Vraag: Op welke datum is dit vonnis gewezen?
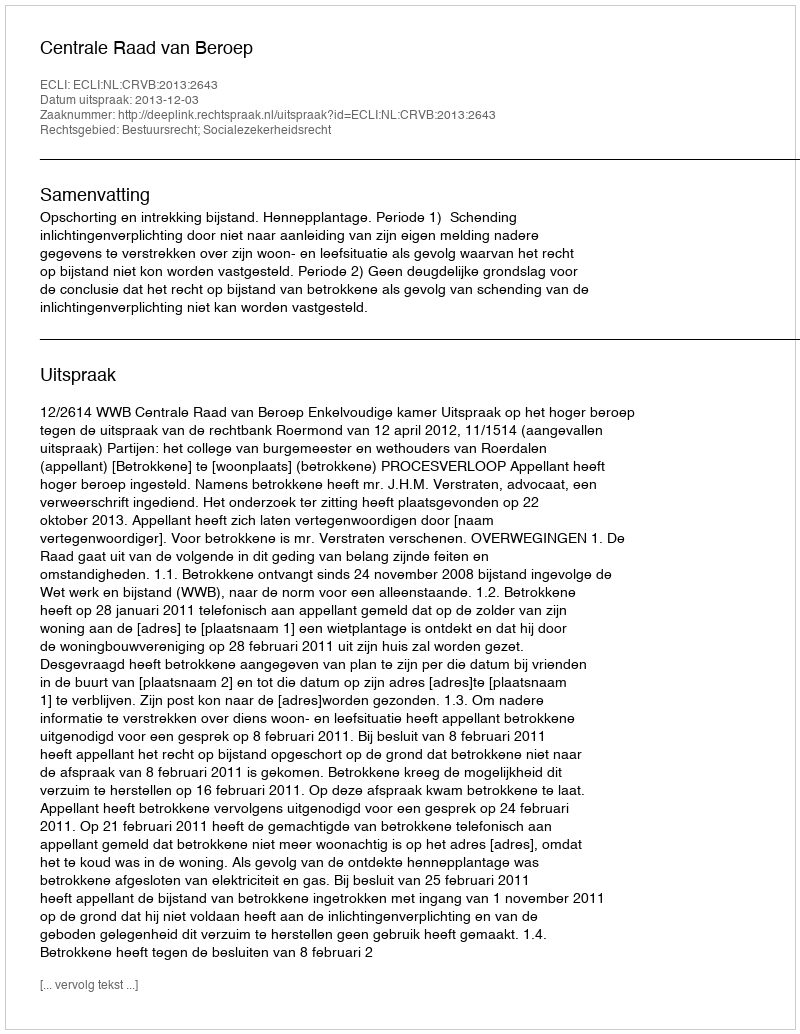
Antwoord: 2013-12-03